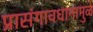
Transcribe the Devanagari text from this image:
प्रासंगावधानामुळे